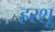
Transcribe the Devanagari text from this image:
हरशू